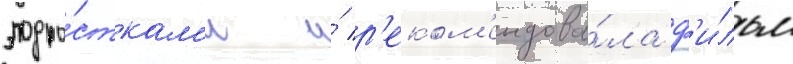
подро́сткам'и и́ р'еком'ендова́ла ф'и́льм